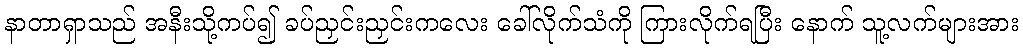
နာတာရှာသည် အနီးသို့ကပ်၍ ခပ်ညှင်းညှင်းကလေး ခေါ်လိုက်သံကို ကြားလိုက်ရပြီး နောက် သူ့လက်များအား